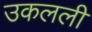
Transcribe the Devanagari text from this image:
उकलली